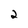
Character: 2